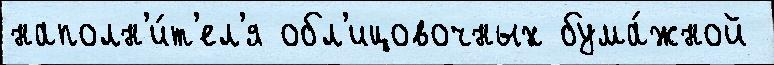
наполн'и́т'ел'я обл'ицовочных бума́жной